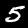
Label: 5